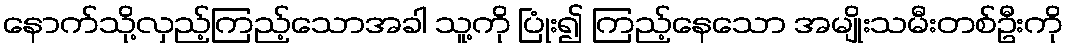
နောက်သို့လှည့်ကြည့်သောအခါ သူ့ကို ပြုံး၍ ကြည့်နေသော အမျိုးသမီးတစ်ဦးကို